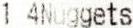
1 4NUGGETS